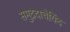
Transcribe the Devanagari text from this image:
समुद्रदाचेयिंद